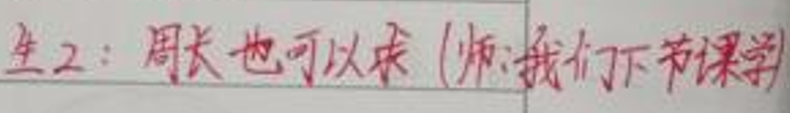
生2：周长也可以求 (师:我们下节课学)